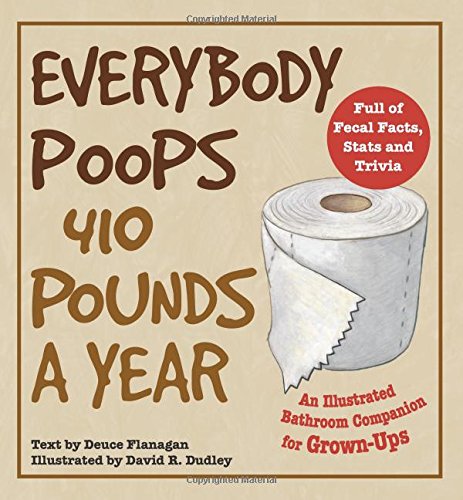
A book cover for Everybody Poops 410 Pounds a Year: An Illustrated Bathroom Companion for Grown-Ups; Deuce Flanagan; Humor & Entertainment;